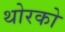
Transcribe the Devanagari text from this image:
थोरको